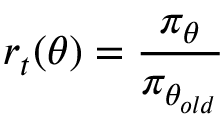
r _ { t } ( \theta ) = \frac { \pi _ { \theta } } { \pi _ { \theta _ { o l d } } }